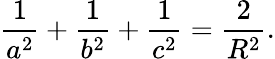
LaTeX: {\frac{1}{a^{2}}}+{\frac{1}{b^{2}}}+{\frac{1}{c^{2}}}={\frac{2}{R^{2}}}.